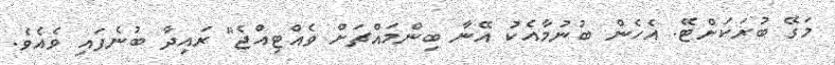
މަގޭ ބުރަކަށްޓޭ. އެހެން ބުނުމާއެކު އޭނާ ބިންމައްޗަށް ވެއްޓިއްޖެ" ރައިދާ ބުނެފައި ވެއެވެ.